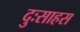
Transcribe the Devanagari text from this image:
दुःसाहस